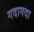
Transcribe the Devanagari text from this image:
गदागदा